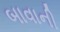
બાવાની